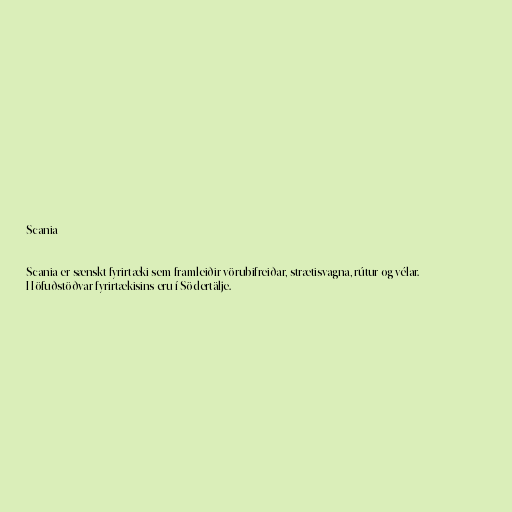
Scania

Scania er sænskt fyrirtæki sem framleiðir vörubifreiðar, strætisvagna, rútur og vélar.
Höfuðstöðvar fyrirtækisins eru í Södertälje.